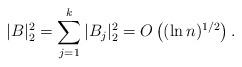
LaTeX: \begin{align*}&|B|_2^2=\sum\limits_{j=1}^k|B_j|_2^2=O\left((\ln n)^{1/2}\right).\end{align*}